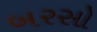
બરસો